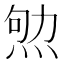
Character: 𰞨